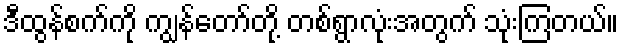
ဒီထွန်စက်ကို ကျွန်တော်တို့ တစ်ရွာလုံးအတွက် သုံးကြတယ်။